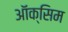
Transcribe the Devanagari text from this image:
ऑक्सिम